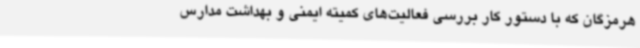
هرمزگان که با دستور کار بررسی فعالیت‌های کمیته ایمنی و بهداشت مدارس